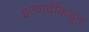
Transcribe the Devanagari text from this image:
इत्यादींकडून